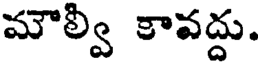
మౌల్వి కావద్దు.